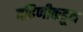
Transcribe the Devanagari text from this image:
बहिणीकडून